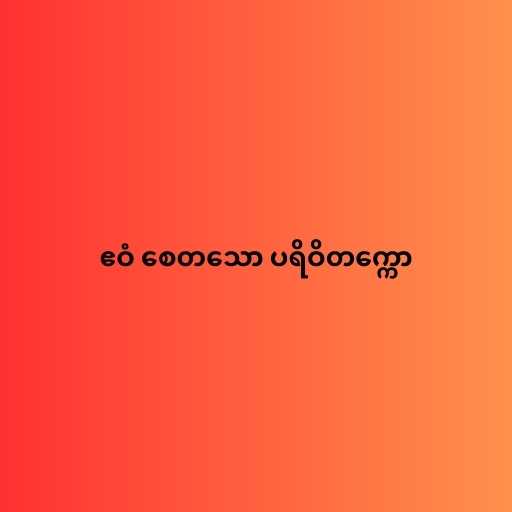
ဧဝံ စေတသော ပရိဝိတက္ကော